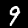
Digit: 9